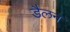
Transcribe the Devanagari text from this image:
डैलन